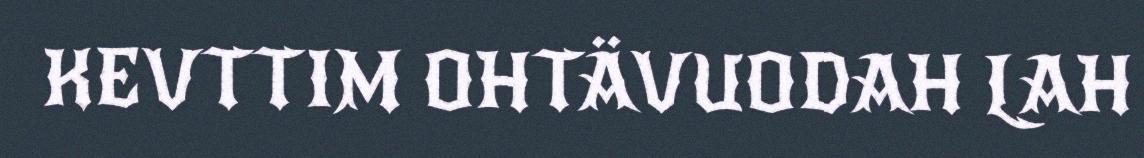
KEVTTIM OHTÄVUODAH LAH